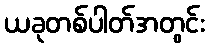
ယခုတစ်ပါတ်အတွင်း